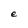
Character: e